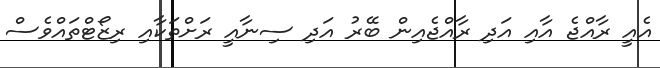
އެއީ ރާއްޖެ އާއި އަދި ރާއްޖެއިން ބޭރު އަދި ސިނާއީ ރަށްތަކާއި ރިޒޯޓްތައްވެސް